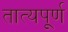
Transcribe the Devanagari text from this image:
तात्यपूर्ण